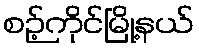
စဉ့်ကိုင်မြို့နယ်